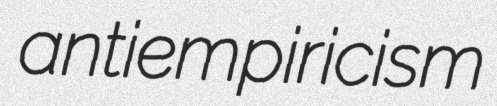
antiempiricism